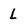
Character: L